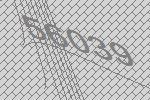
56039